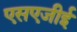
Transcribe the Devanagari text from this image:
एसएजीई